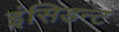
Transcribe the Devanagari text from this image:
इंसिडन्ट